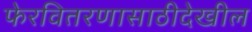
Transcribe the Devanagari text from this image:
फेरवितरणासाठीदेखील